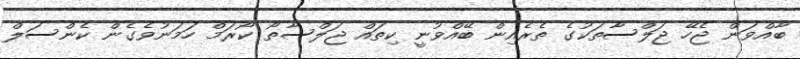
ބާއްވަން ޖެހޭ ޖަލްސާތަކުގެ ތެރެއިން ބޭއްވުނީ ކިތައް ޖަލްސާތޯ ކޯރަމް ހަމަނުވެގެން ކެންސަލް